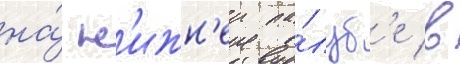
на́ н'ижн'еи па́луб'е в